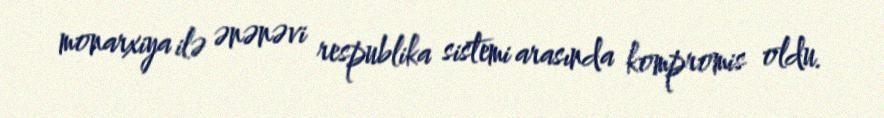
monarxiya ilə ənənəvi respublika sistemi arasında kompromis oldu.